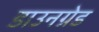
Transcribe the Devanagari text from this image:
डाउनग्रेड